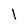
Character: l